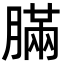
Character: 䐽